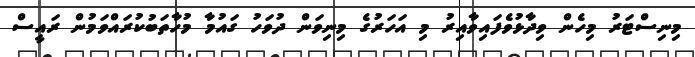
މިނިސްޓަރު މިހެން ވިދާޅުވެފައިވާއިރު މި އަހަރުގެ މިނިވަން ދުވަހު ގައުމާ މުހާތަބުކުރައްވަމުން ރައީސް